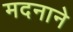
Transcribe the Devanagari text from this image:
मदनाने